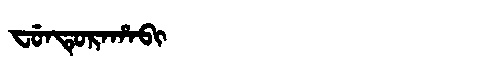
Manchu: ᠸᡠᠨᡨᡠᡵᠠᡥᠠᠪᡳ
Romanization: FUNTURAHABI